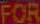
FOR